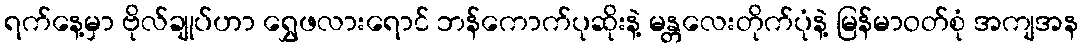
ရက်နေ့မှာ ဗိုလ်ချုပ်ဟာ ရွှေဖလားရောင် ဘန်ကောက်ပုဆိုးနဲ့ မန္တလေးတိုက်ပုံနဲ့ မြန်မာဝတ်စုံ အကျအန